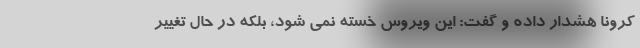
کرونا هشدار داده و گفت: این ویروس خسته نمی شود، بلکه در حال تغییر